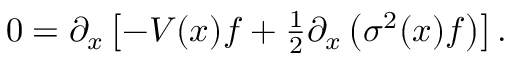
\begin{array} { r } { 0 = \partial _ { x } \left[ - V ( x ) f + \frac { 1 } { 2 } \partial _ { x } \left( \sigma ^ { 2 } ( x ) f \right) \right] . } \end{array}